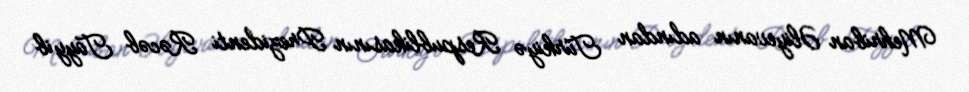
Mehriban Əliyevanın adından Türkiyə Respublikasının Prezidenti Rəcəb Tayyib